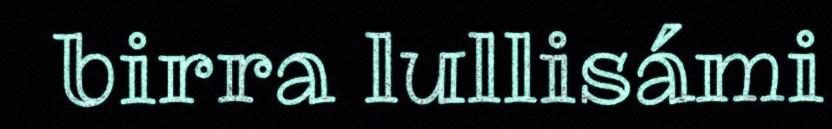
birra lullisámi